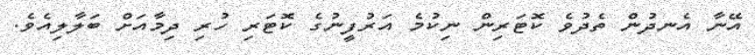
އޭނާ އެނދުން ތެދުވެ ކޮޓަރިން ނިކުމެ އަރުފީނުގެ ކޮޓަރި ހުރި ދިމާއަށް ބަލާލިއެވެ.